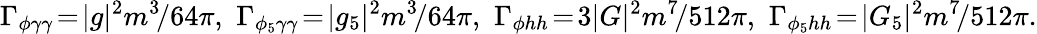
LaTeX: \Gamma_{\phi\gamma\gamma}\! =\! |g|^{2}m^{3}\! /64\pi,\, \, \Gamma_{\phi_{5}\gamma\gamma}\! =\! |g_{5}|^{2}m^{3}\! /64\pi,\, \, \Gamma_{\phi hh}\! =\! 3|G|^{2}m^{7}\! /512\pi,\, \, \Gamma_{\phi_{5}hh}\! =\! |G_{5}|^{2}m^{7}\! /512\pi.